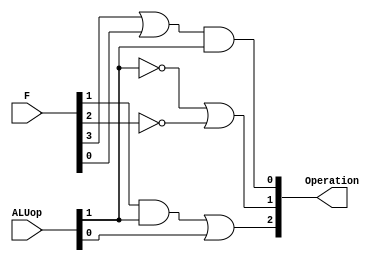
module ALU_Control(Operation, F, ALUop);
    output [2:0] Operation;
    input  [5:0] F;
    input  [1:0] ALUop;

    assign Operation[2] = (F[1] & ALUop[1]) | (ALUop[0]);

    assign Operation[1] =  (~ALUop[1]) | (~F[2]);

    assign Operation[0] = (F[3] | F[0]) & (ALUop[1]);


 
// use   always  block  or  assign  statements   
// only  3  statements   are  required   
 


endmodule